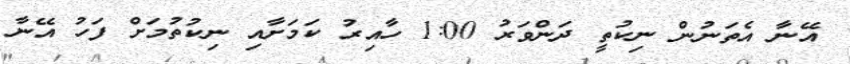
އޭނާ އެތަނުން ނިކުތީ ދަންވަރު 1:00 ހާއިރު ކަމަށާއި ނިކުތުމަށް ފަހު އޭނާ